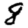
Digit: 8